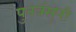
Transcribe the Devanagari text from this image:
पुनर्वसूंनी